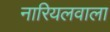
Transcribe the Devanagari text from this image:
नारियलवाला